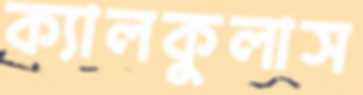
ক্যালকুলাস